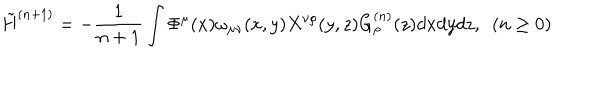
\tilde { H } ^ { ( n + 1 ) } = - \frac { 1 } { n + 1 } \int \Phi ^ { \mu } ( x ) \omega _ { \mu \nu } ( x , y ) X ^ { \nu \rho } ( y , z ) G _ { \rho } ^ { ( n ) } ( z ) d x d y d z , ~ ~ ( n \geq 0 )